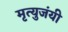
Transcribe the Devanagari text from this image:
मृत्युजंयी